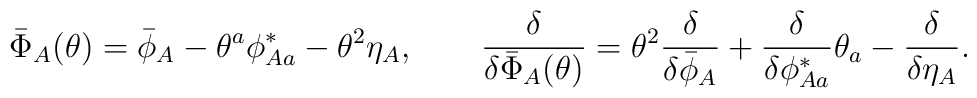
\bar{\Phi}_A(\theta) = \bar{\phi}_A - \theta^a \phi^*_{A a} -\theta^2 \eta_A,\qquad\frac{\delta}{\delta \bar{\Phi}_A(\theta)} =\theta^2 \frac{\delta}{\delta \bar{\phi}_A} +\frac{\delta}{\delta \phi^*_{A a}} \theta_a -\frac{\delta}{\delta \eta_A}.